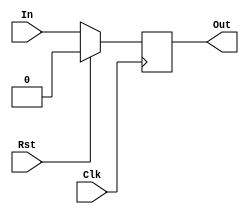
`timescale 1ns / 1ps
//////////////////////////////////////////////////////////////////////////////////
// Company: 
// Engineer: 
// 
// Design Name: 
// Module Name: D_FlipFlog
// Project Name: 
// Target Devices: 
// Tool Versions: 
// Description: 
// 
// Dependencies: 
// 
// Revision:
// Revision 0.01 - File Created
// Additional Comments:
// 
//////////////////////////////////////////////////////////////////////////////////


module D_FlipFlop(Out, In, Rst, Clk);

    output reg Out;
    input In, Rst, Clk;
    
    always @(posedge Clk)
    begin
        if (Rst)
        begin
            Out <= 0;
        end
        else
        begin
            Out <= In;
        end
    end

endmodule